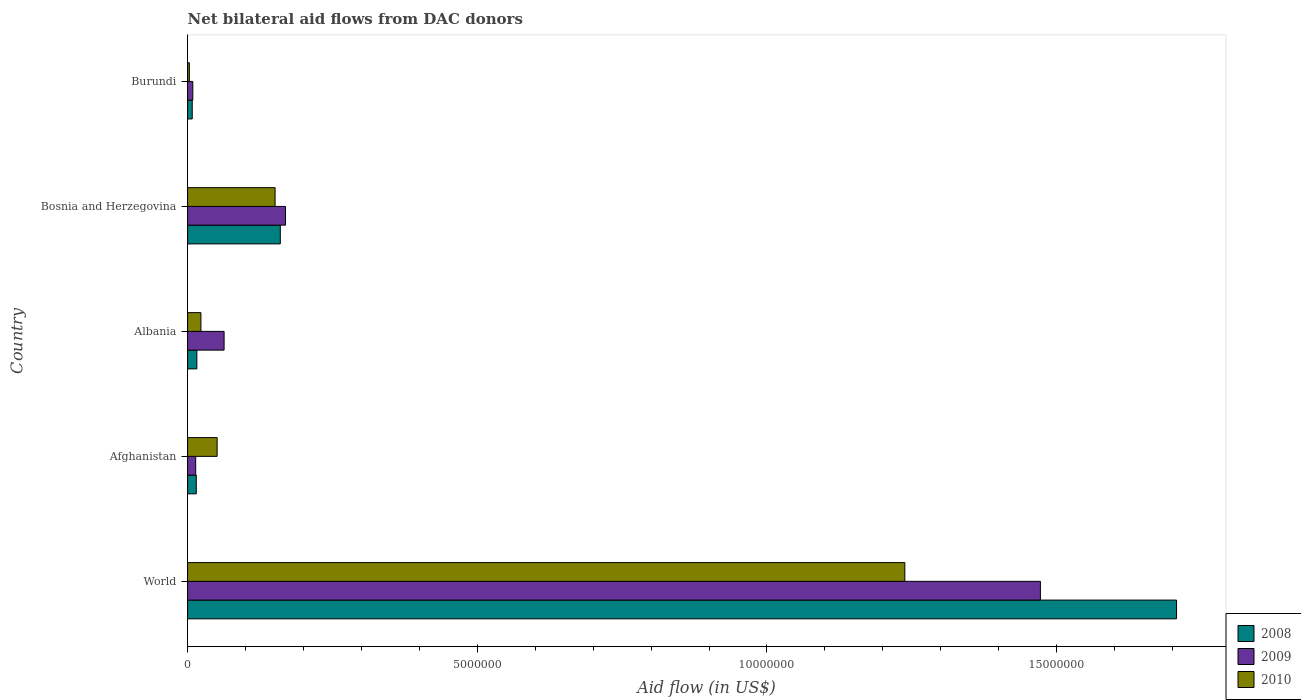
| Country | 2008 | 2009 | 2010 |
 | --- | --- | --- | --- |
 | World | 1.71e+07 | 1.47e+07 | 1.24e+07 |
 | Afghanistan | 1.5e+05 | 1.4e+05 | 5.1e+05 |
 | Albania | 1.6e+05 | 6.3e+05 | 2.3e+05 |
 | Bosnia and Herzegovina | 1.6e+06 | 1.69e+06 | 1.51e+06 |
 | Burundi | 8e+04 | 9e+04 | 3e+04 |